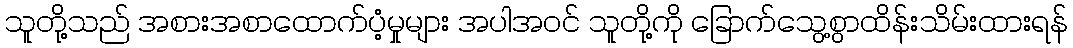
သူတို့သည် အစားအစာထောက်ပံ့မှုများ အပါအဝင် သူတို့ကို ခြောက်သွေ့စွာထိန်းသိမ်းထားရန်